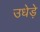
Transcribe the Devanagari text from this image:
उधेड़े